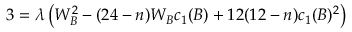
3 = \lambda \left( W _ { B } ^ { 2 } - ( 2 4 - n ) W _ { B } c _ { 1 } ( B ) + 1 2 ( 1 2 - n ) c _ { 1 } ( B ) ^ { 2 } \right)